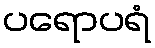
ပရောပရံ